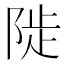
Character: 𨺗